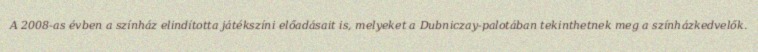
A 2008-as évben a színház elindította játékszíni előadásait is, melyeket a Dubniczay-palotában tekinthetnek meg a színházkedvelők.